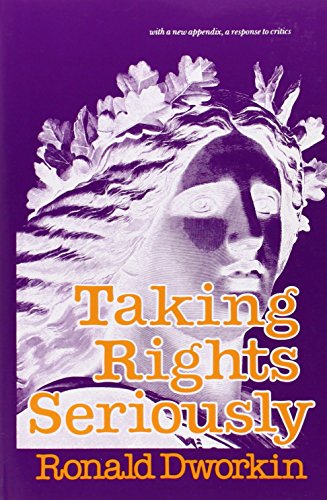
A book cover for Taking Rights Seriously; Ronald Dworkin; Law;